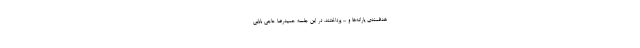
هدفمندی یارانه‌ها و ... پرداختند. در این جلسه حمیدرضا حاجی بابایی